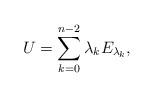
LaTeX: \begin{align*}U=\sum_{k=0}^{n-2} \lambda_k E_{\lambda_k},\end{align*}